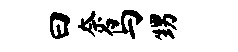
曰奈鸟甥